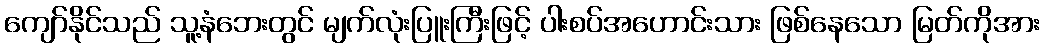
ကျော်နိုင်သည် သူ့နံဘေးတွင် မျက်လုံးပြူးကြီးဖြင့် ပါးစပ်အဟောင်းသား ဖြစ်နေသော မြတ်ကိုအား